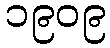
၁၉၀၉